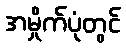
အမှိုက်ပုံတွင်